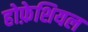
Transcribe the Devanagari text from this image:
होफ़ेशियल